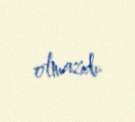
olmazdı.